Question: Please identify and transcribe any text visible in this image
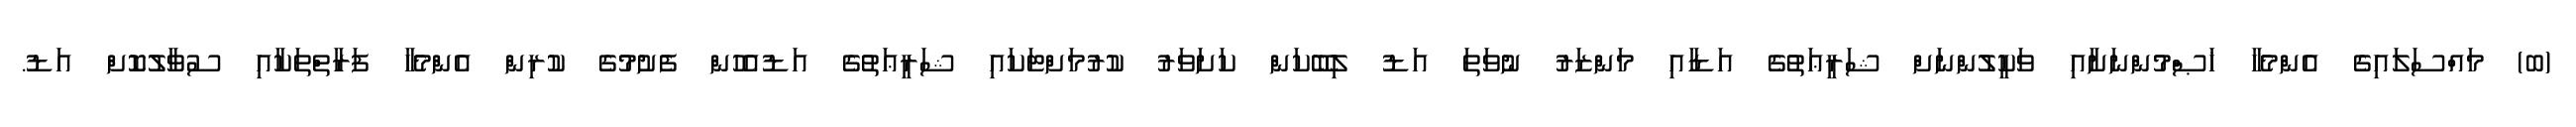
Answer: (ބ) މައްސަލައިގެ އެންމެހާ ޚަޞްމުންނަށާއި ވަކީލުންނަށް ޝަރީޢަތުގެ އަޑާއި މަންޒަރު ނުވަތަ އަޑު ލިބޭކަން ކަށަވަރު ކުރުމަށްޓަކައި ޝަރީޢަތުގެ އަޑުއެހުން ފެށުމުގެ ކުރިން އެންމެހާ ފަރާތްތަކާއި ސުވާލުކޮށް އަޑު.